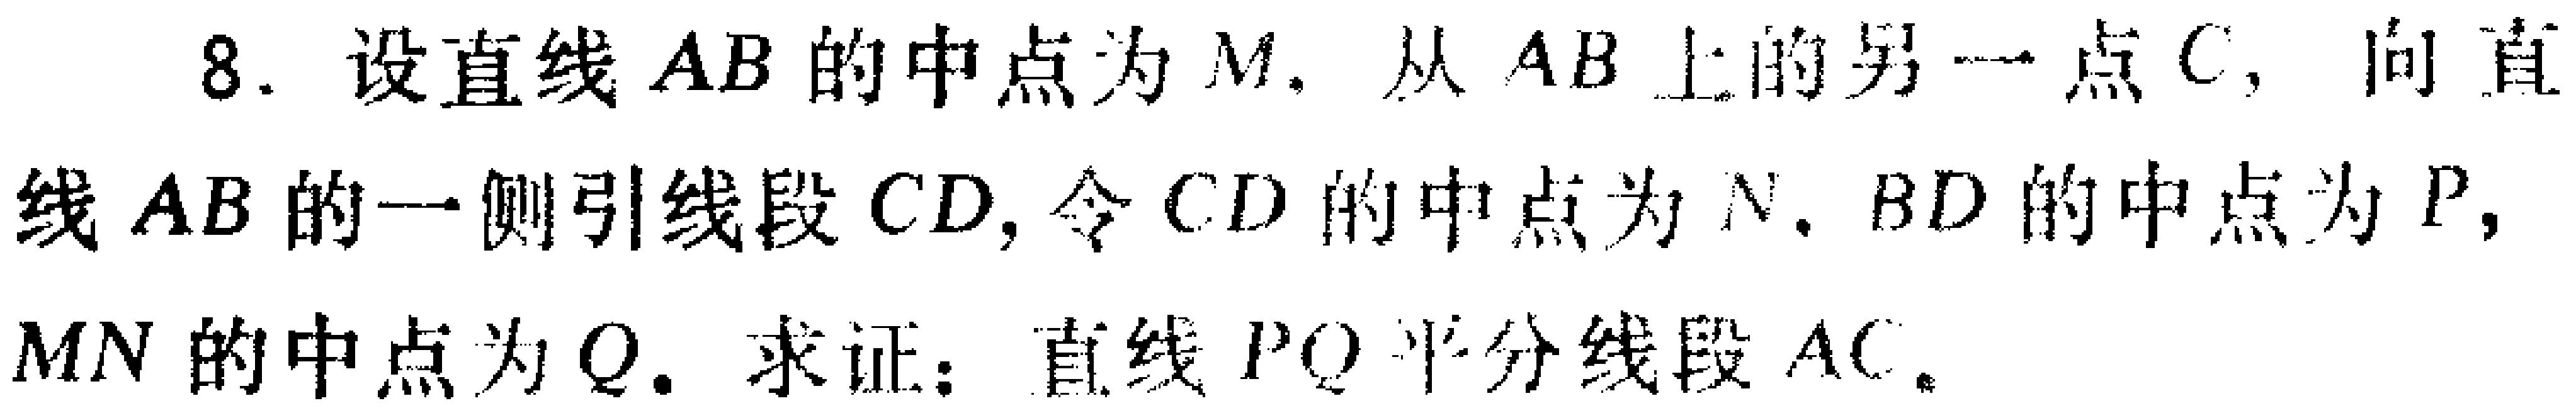
8. 设直线 \(AB\) 的中点为 \(M\). 从 \(AB\) 上的另一点 \(C\), 向直线 \(AB\) 的一侧引线段 \(CD\), 令 \(CD\) 的中点为 \(N\). \(BD\) 的中点为 \(P\), \(MN\) 的中点为 \(Q\). 求证：直线 \(PQ\) 平分线段 \(AC\).